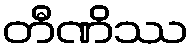
တီဏိဿ